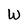
Character: W